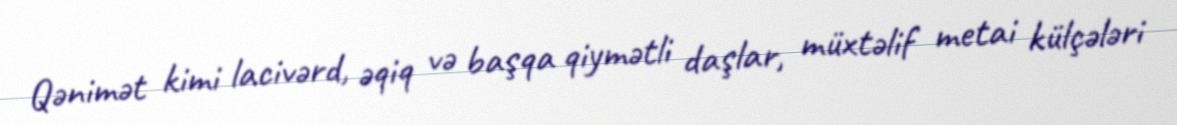
Qənimət kimi lacivərd, əqiq və başqa qiymətli daşlar, müxtəlif metai külçələri